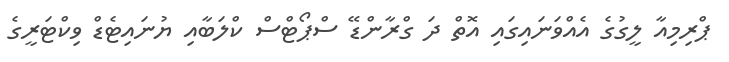
ޕްރިމިއާ ލީގުގެ އެއްވަނައިގައި އޮތް ދަ ގްރާންޑޭ ސްޕޯޓްސް ކްލަބާއި ޔުނައިޓެޑް ވިކްޓަރީގެ